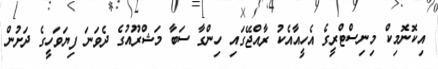
އިކޮނޮމިކް މިނިސްޓްރީގެ އެހީއާއެކު ރާއްޖޭގައި ހިންގާ ސަބާ މަޝްރޫއުގެ ދެވަނަ ފިޔަވަހީގެ ދަށުން